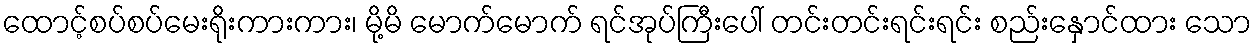
ထောင့်စပ်စပ်မေးရိုးကားကား၊ မို့မိ မောက်မောက် ရင်အုပ်ကြီးပေါ် တင်းတင်းရင်းရင်း စည်းနှောင်ထား သော